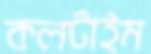
কলটাইম